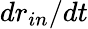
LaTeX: dr_{in}/dt